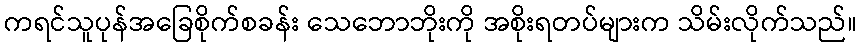
ကရင်သူပုန်အခြေစိုက်စခန်း သေဘောဘိုးကို အစိုးရတပ်များက သိမ်းလိုက်သည်။